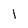
Character: 1